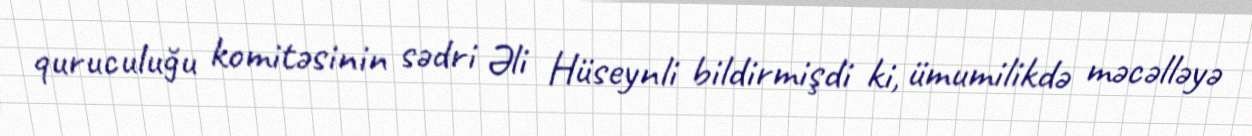
quruculuğu komitəsinin sədri Əli Hüseynli bildirmişdi ki, ümumilikdə məcəlləyə